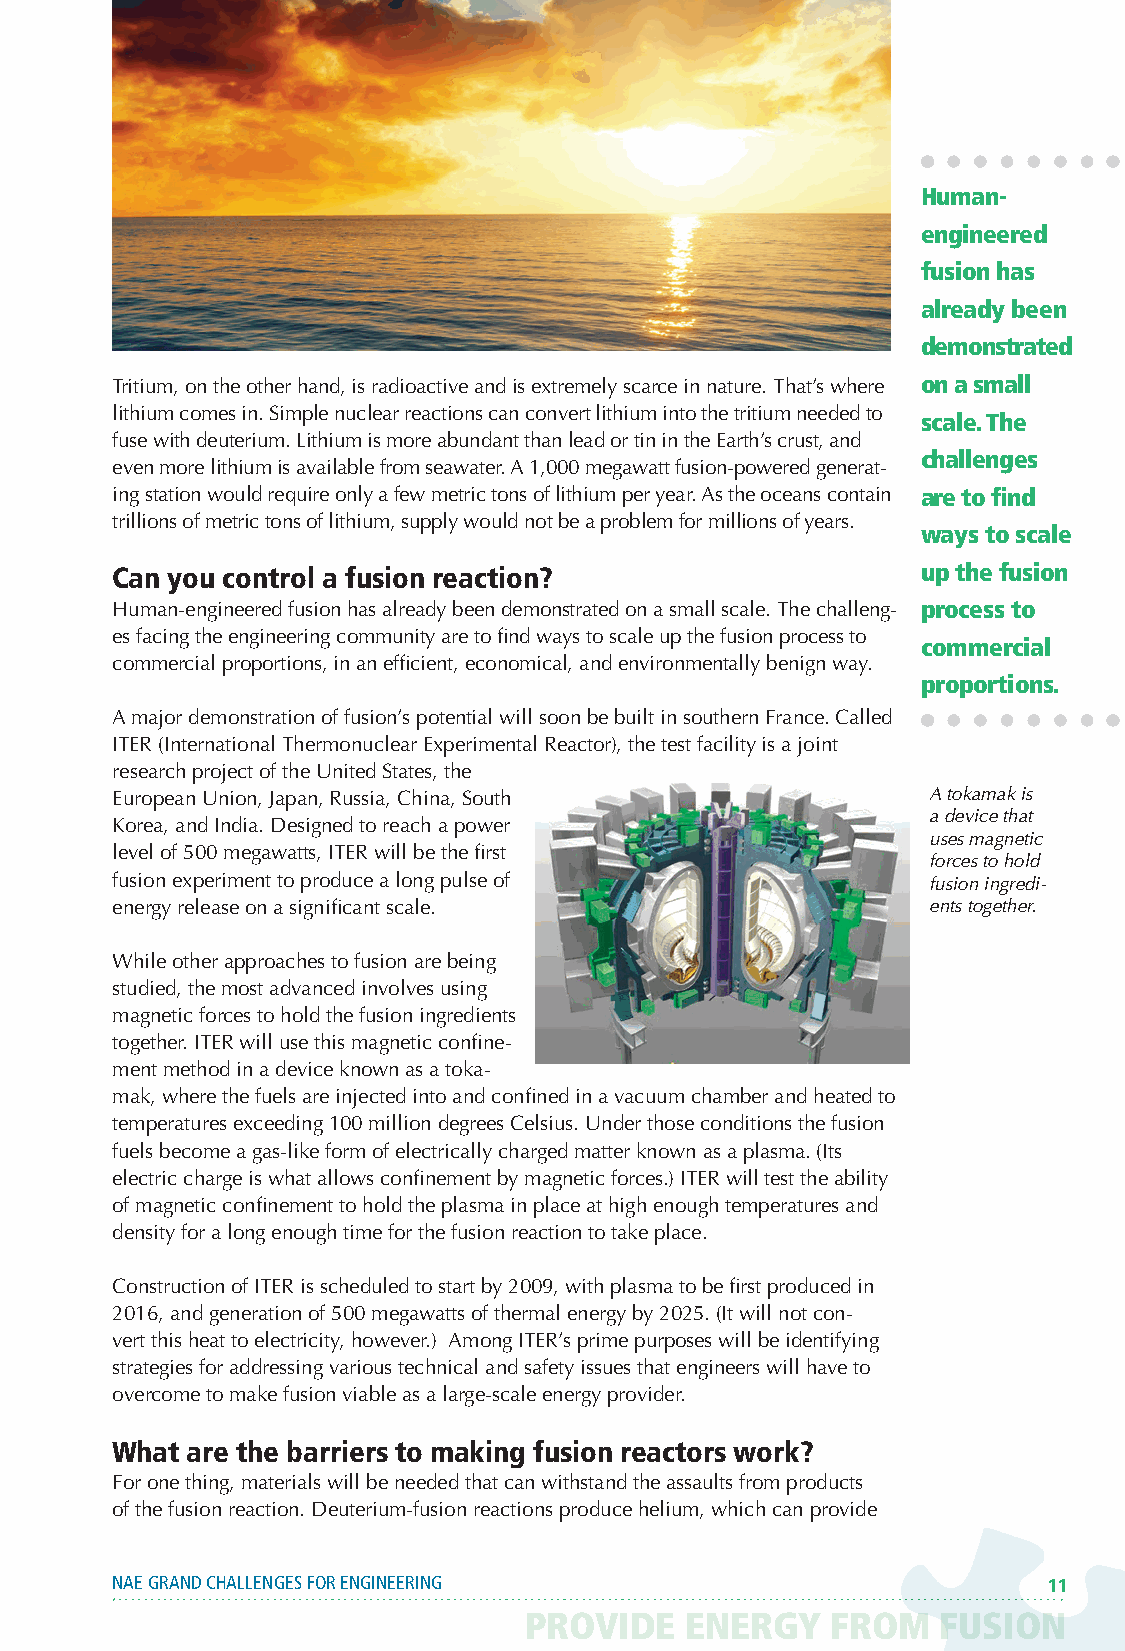
Human-
 engineered
 fusion has
 already been
 demonstrated
 Tritium, on the other hand, is radioactive and is extremely scarce in nature. That’s where on a small
 lithium comes in. Simple nuclear reactions can convert lithium into the tritium needed to
 scale. The
 fuse with deuterium. Lithium is more abundant than lead or tin in the Earth’s crust, and
 challenges
 even more lithium is available from seawater. A 1,000 megawatt fusion-powered generat-
 ing station would require only a few metric tons of lithium per year. As the oceans contain are to find
 trillions of metric tons of lithium, supply would not be a problem for millions of years.
 ways to scale
 Can you control a fusion reaction?                    up the fusion
 Human-engineered fusion has already been demonstrated on a small scale. The challeng- process to
 es facing the engineering community are to find ways to scale up the fusion process to
 commercial
 commercial proportions, in an efficient, economical, and environmentally benign way.
 proportions.
 A major demonstration of fusion’s potential will soon be built in southern France. Called
 ITER (International Thermonuclear Experimental Reactor), the test facility is a joint
 research project of the United States, the
 European Union, Japan, Russia, China, South            A tokamak is
 a device that
 Korea, and India. Designed to reach a power
 uses magnetic
 level of 500 megawatts, ITER will be the first
 forces to hold
 fusion experiment to produce a long pulse of           fusion ingredi-
 energy release on a significant scale.                 ents together.
 While other approaches to fusion are being
 studied, the most advanced involves using
 magnetic forces to hold the fusion ingredients
 together. ITER will use this magnetic confine-
 ment method in a device known as a toka-
 mak, where the fuels are injected into and confined in a vacuum chamber and heated to
 temperatures exceeding 100 million degrees Celsius. Under those conditions the fusion
 fuels become a gas-like form of electrically charged matter known as a plasma. (Its
 electric charge is what allows confinement by magnetic forces.) ITER will test the ability
 of magnetic confinement to hold the plasma in place at high enough temperatures and
 density for a long enough time for the fusion reaction to take place.
 Construction of ITER is scheduled to start by 2009, with plasma to be first produced in
 2016, and generation of 500 megawatts of thermal energy by 2025. (It will not con-
 vert this heat to electricity, however.) Among ITER’s prime purposes will be identifying
 strategies for addressing various technical and safety issues that engineers will have to
 overcome to make fusion viable as a large-scale energy provider.
 What are the barriers to making fusion reactors work?
 For one thing, materials will be needed that can withstand the assaults from products
 of the fusion reaction. Deuterium-fusion reactions produce helium, which can provide
 NAE GRAND CHALLENGES FOR ENGINEERING                          11
 PROVIDE   ENERGY    FROM   FUSION